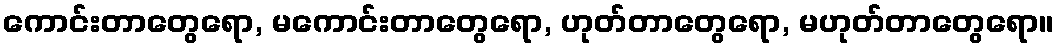
ကောင်းတာတွေရော, မကောင်းတာတွေရော, ဟုတ်တာတွေရော, မဟုတ်တာတွေရော။